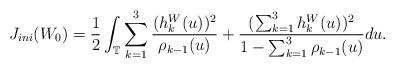
LaTeX: \begin{align*}J_{ini}(W_0)=\frac{1}{2}\int_{\mathbb{T}}\sum_{k=1}^3\frac{(h^W_k(u))^2}{\rho_{k-1}(u)}+\frac{(\sum_{k=1}^3h^W_k(u))^2}{1-\sum_{k=1}^3\rho_{k-1}(u)}du.\end{align*}